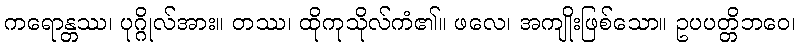
ကရောန္တဿ၊ ပုဂ္ဂိုလ်အား။ တဿ၊ ထိုကုသိုလ်ကံ၏။ ဖလေ၊ အကျိုးဖြစ်သော။ ဥပပတ္တိဘဝေ၊